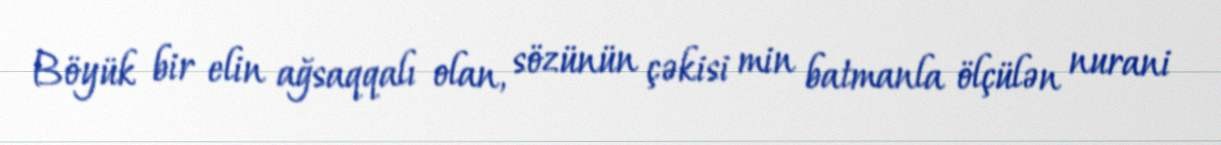
Böyük bir elin ağsaqqalı olan, sözünün çəkisi min batmanla ölçülən nurani